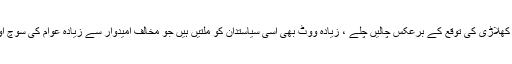
شطرنج میں وہی کامیاب ہوتا ہے جو مخالف کھلاڑی کی توقع کے برعکس چالیں چلے ، زیادہ ووٹ بھی اسی سیاستدان کو ملتیں ہیں جو مخالف امیدوار سے زیادہ عوام کی سوچ اور بالخصوص مرضی کی نبض کو سمجھے۔